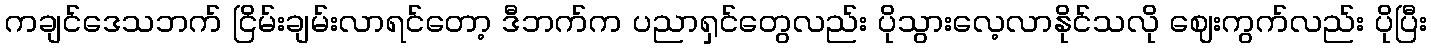
ကချင်ဒေသဘက် ငြိမ်းချမ်းလာရင်တော့ ဒီဘက်က ပညာရှင်တွေလည်း ပိုသွားလေ့လာနိုင်သလို ဈေးကွက်လည်း ပိုပြီး